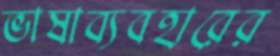
ভাষাব্যবহারের